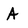
Character: A